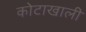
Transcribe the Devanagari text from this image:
कोटाखाली